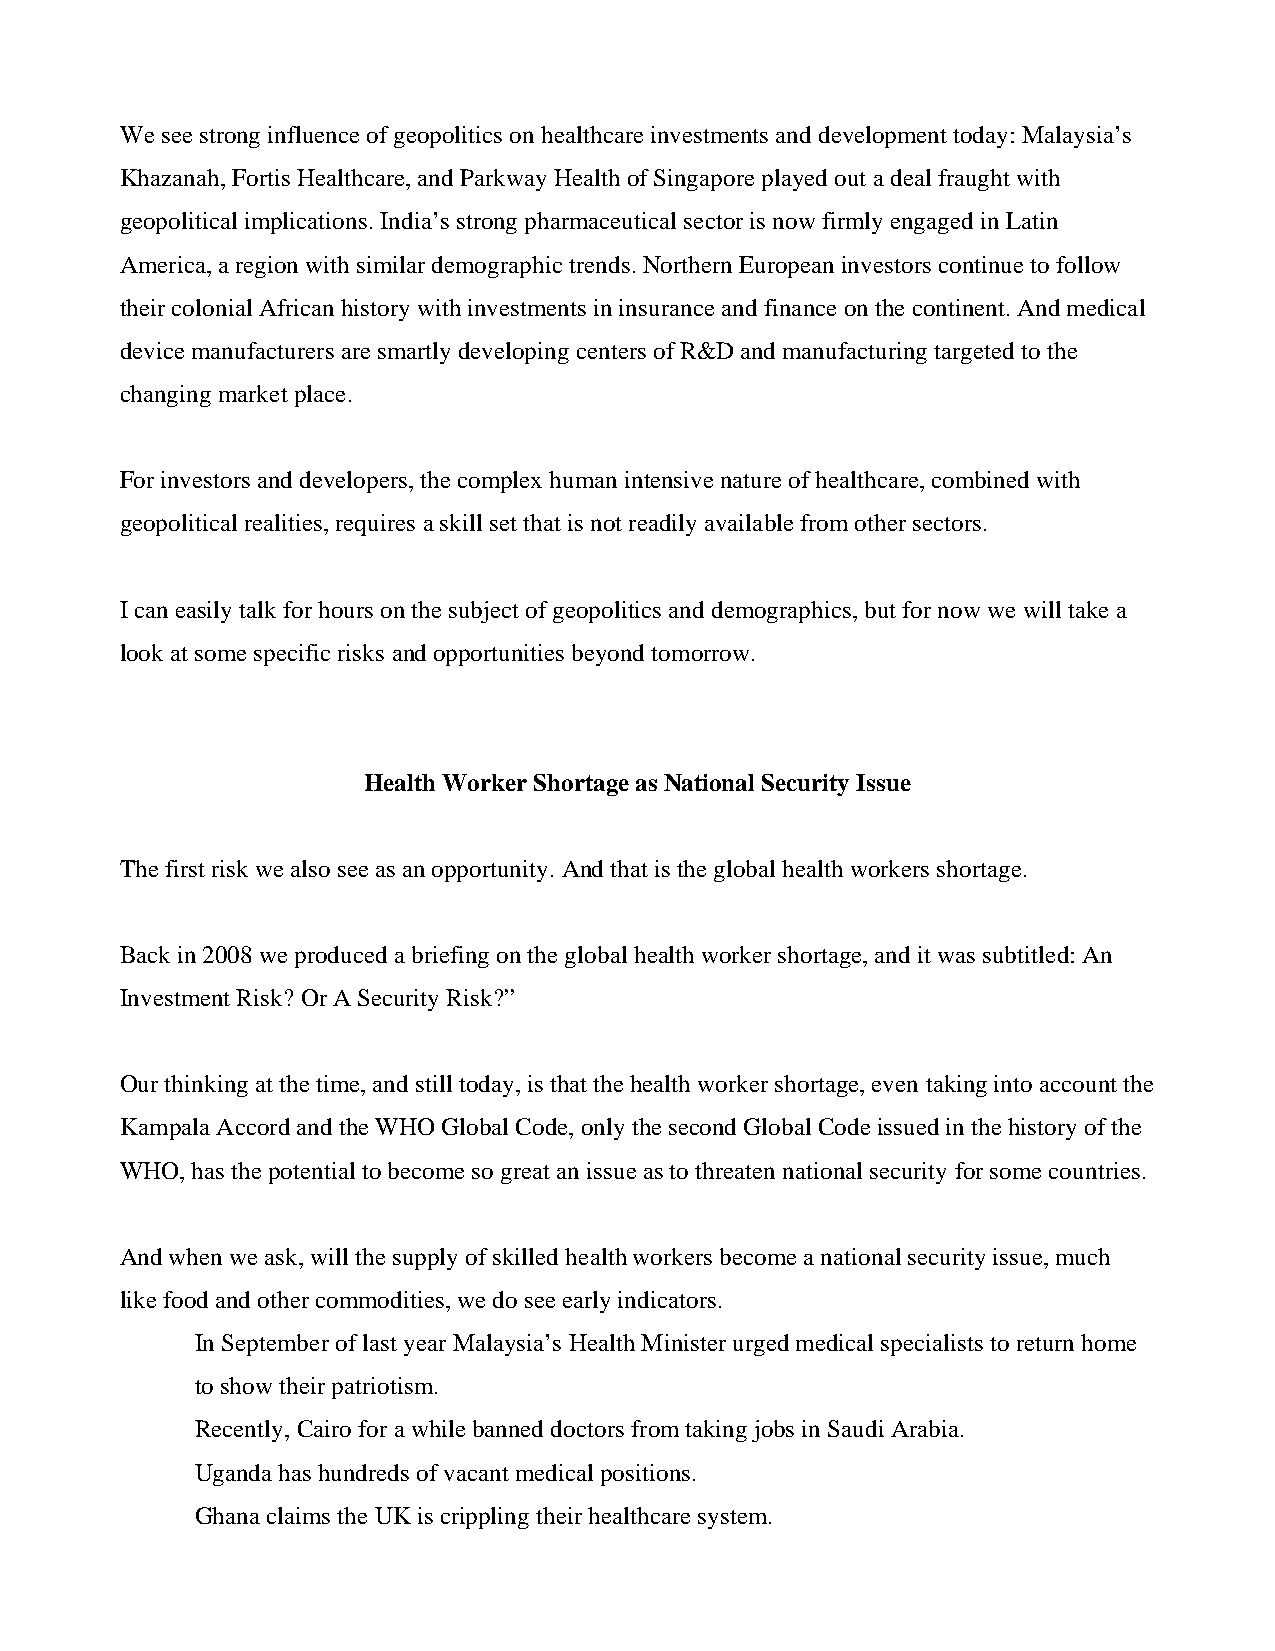
We see strong influence of geopolitics on healthcare investments and development today: Malaysia’s
 Khazanah, Fortis Healthcare, and Parkway Health of Singapore played out a deal fraught with
 geopolitical implications. India’s strong pharmaceutical sector is now firmly engaged in Latin
 America, a region with similar demographic trends. Northern European investors continue to follow
 their colonial African history with investments in insurance and finance on the continent. And medical
 device manufacturers are smartly developing centers of R&D and manufacturing targeted to the
 changing market place.
 For investors and developers, the complex human intensive nature of healthcare, combined with
 geopolitical realities, requires a skill set that is not readily available from other sectors.
 I can easily talk for hours on the subject of geopolitics and demographics, but for now we will take a
 look at some specific risks and opportunities beyond tomorrow.
 Health Worker Shortage as National Security Issue
 The first risk we also see as an opportunity. And that is the global health workers shortage.
 Back in 2008 we produced a briefing on the global health worker shortage, and it was subtitled: An
 Investment Risk? Or A Security Risk?”
 Our thinking at the time, and still today, is that the health worker shortage, even taking into account the
 Kampala Accord and the WHO Global Code, only the second Global Code issued in the history of the
 WHO, has the potential to become so great an issue as to threaten national security for some countries.
 And when we ask, will the supply of skilled health workers become a national security issue, much
 like food and other commodities, we do see early indicators.
 In September of last year Malaysia’s Health Minister urged medical specialists to return home
 to show their patriotism.
 Recently, Cairo for a while banned doctors from taking jobs in Saudi Arabia.
 Uganda has hundreds of vacant medical positions.
 Ghana claims the UK is crippling their healthcare system.